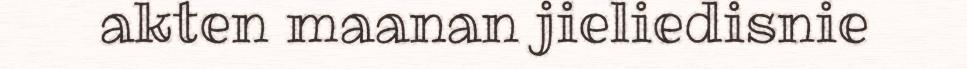
akten maanan jieliedisnie